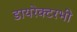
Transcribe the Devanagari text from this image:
डायरेक्टरभी